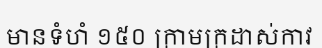
មានទំហំ ១៥០ ក្រាមក្រដាស់កាវ